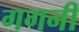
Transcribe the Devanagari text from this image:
गगनीं